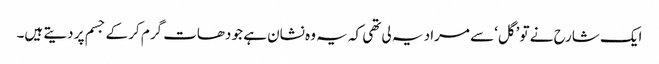
ایک شارح نے تو ’گل‘ سے مراد یہ لی تھی کہ یہ وہ نشان ہے جو دھات گرم کر کے جسم پر دیتے ہیں۔